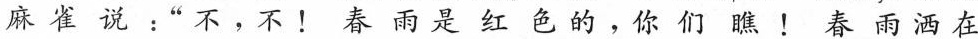
麻雀说：”不，不！春雨是红色的，你们瞧！春雨洒在